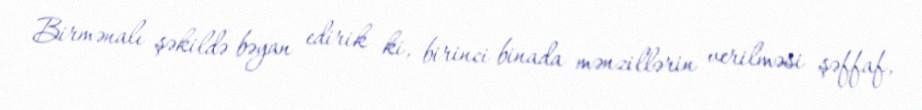
Birmənalı şəkildə bəyan edirik ki, birinci binada mənzillərin verilməsi şəffaf,